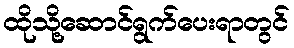
ထိုသို့ဆောင်ရွက်ပေးရာတွင်